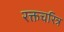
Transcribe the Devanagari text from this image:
रक्तचरित्र